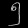
Digit: ၅